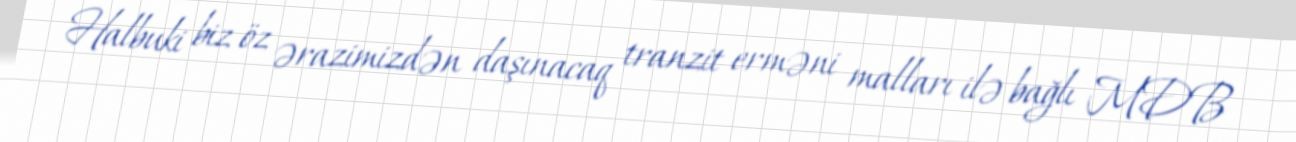
Halbuki biz öz ərazimizdən daşınacaq tranzit erməni malları ilə bağlı MDB